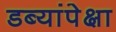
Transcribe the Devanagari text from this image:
डब्यांपेक्षा